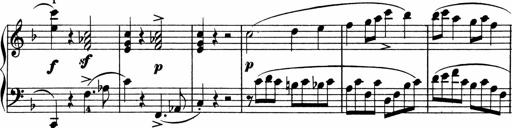
Title: 2 instructive Sonatinen
Composer: Paul Schumacher